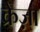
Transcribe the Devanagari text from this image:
क्रेज़ा